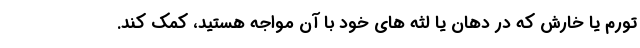
تورم یا خارش که در دهان یا لثه های خود با آن مواجه هستید، کمک کند.